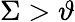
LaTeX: \Sigma>\vartheta